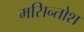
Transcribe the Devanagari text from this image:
मसिन्तोश